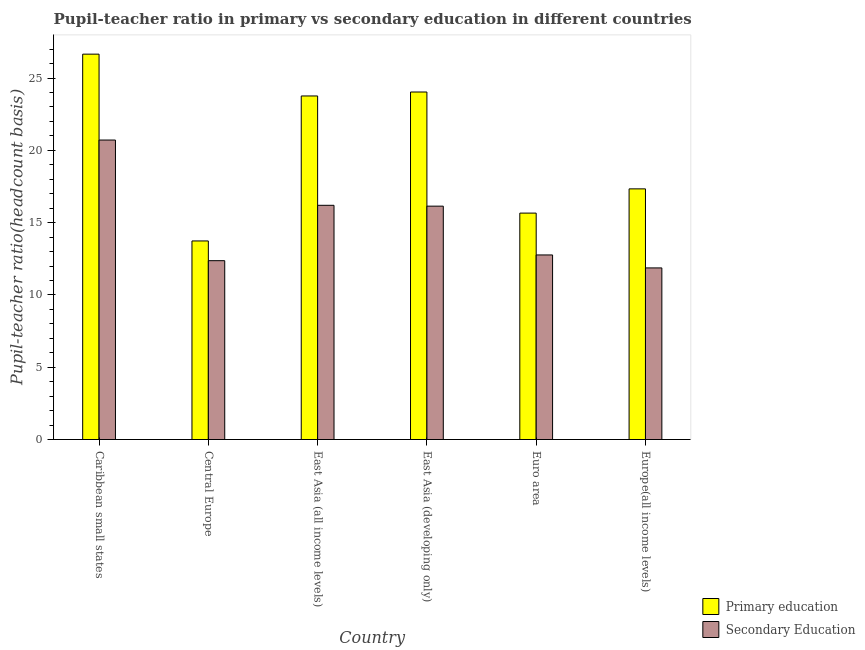
| Country | Primary education | Secondary Education |
 | --- | --- | --- |
 | Caribbean small states | 26.7 | 20.7 |
 | Central Europe | 13.7 | 12.4 |
 | East Asia (all income levels) | 23.8 | 16.2 |
 | East Asia (developing only) | 24 | 16.1 |
 | Euro area | 15.7 | 12.8 |
 | Europe(all income levels) | 17.3 | 11.9 |